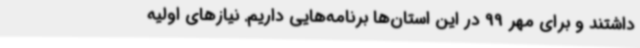
داشتند و برای مهر 99 در این استان‌ها برنامه‌هایی داریم. نیازهای اولیه